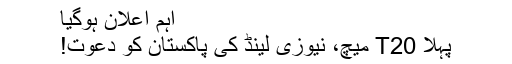
اہم اعلان ہوگیا
پہلا T20 میچ، نیوزی لینڈ کی پاکستان کو دعوت!